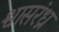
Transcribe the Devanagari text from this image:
श्वासरंध्र